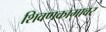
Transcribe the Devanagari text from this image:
शिवणकामावर